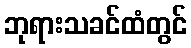
ဘုရားသခင်ထံတွင်